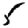
Digit: 5